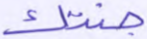
جنتك